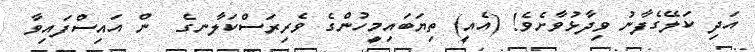
އަދި ކަލޭގެފާނު ވިދާޅުވާށެވެ! (އެއީ) ތިޔަބައިމީހުންގެ ވެރިރަސްކަލާނގެ  ން އައިސްފައިވާ